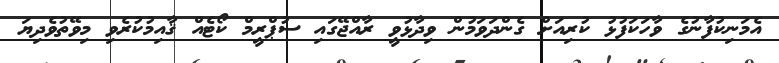
އެމަނިކުފާނުގެ ވާހަކަފުޅު ކުރިއަށް ގެންދަވަމުން ވިދާޅުވީ ރާއްޖޭގައި ސުޕްރީމް ކޯޓެއް ޤާއިމުކުރެވި މިވޭތުވެދިޔަ